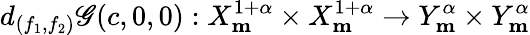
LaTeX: d_{(f_{1},f_{2})}\mathscr{G}(c,0,0):X_{\mathbf{m}}^{1+\alpha}\times X_{\mathbf{m}}^{1+\alpha}\rightarrow Y_{\mathbf{m}}^{\alpha}\times Y_{\mathbf{m}}^{\alpha}